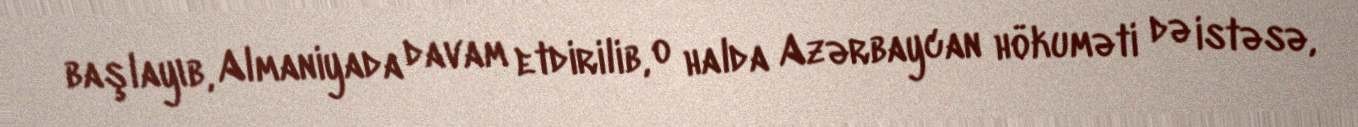
başlayıb, Almaniyada davam etdirilib, o halda Azərbaycan hökuməti də istəsə,